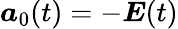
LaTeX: \boldsymbol{a}_{0}(t)=-\boldsymbol{E}(t)